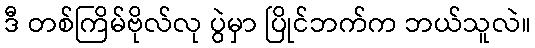
ဒီ တစ်ကြိမ်ဗိုလ်လု ပွဲမှာ ပြိုင်ဘက်က ဘယ်သူလဲ။